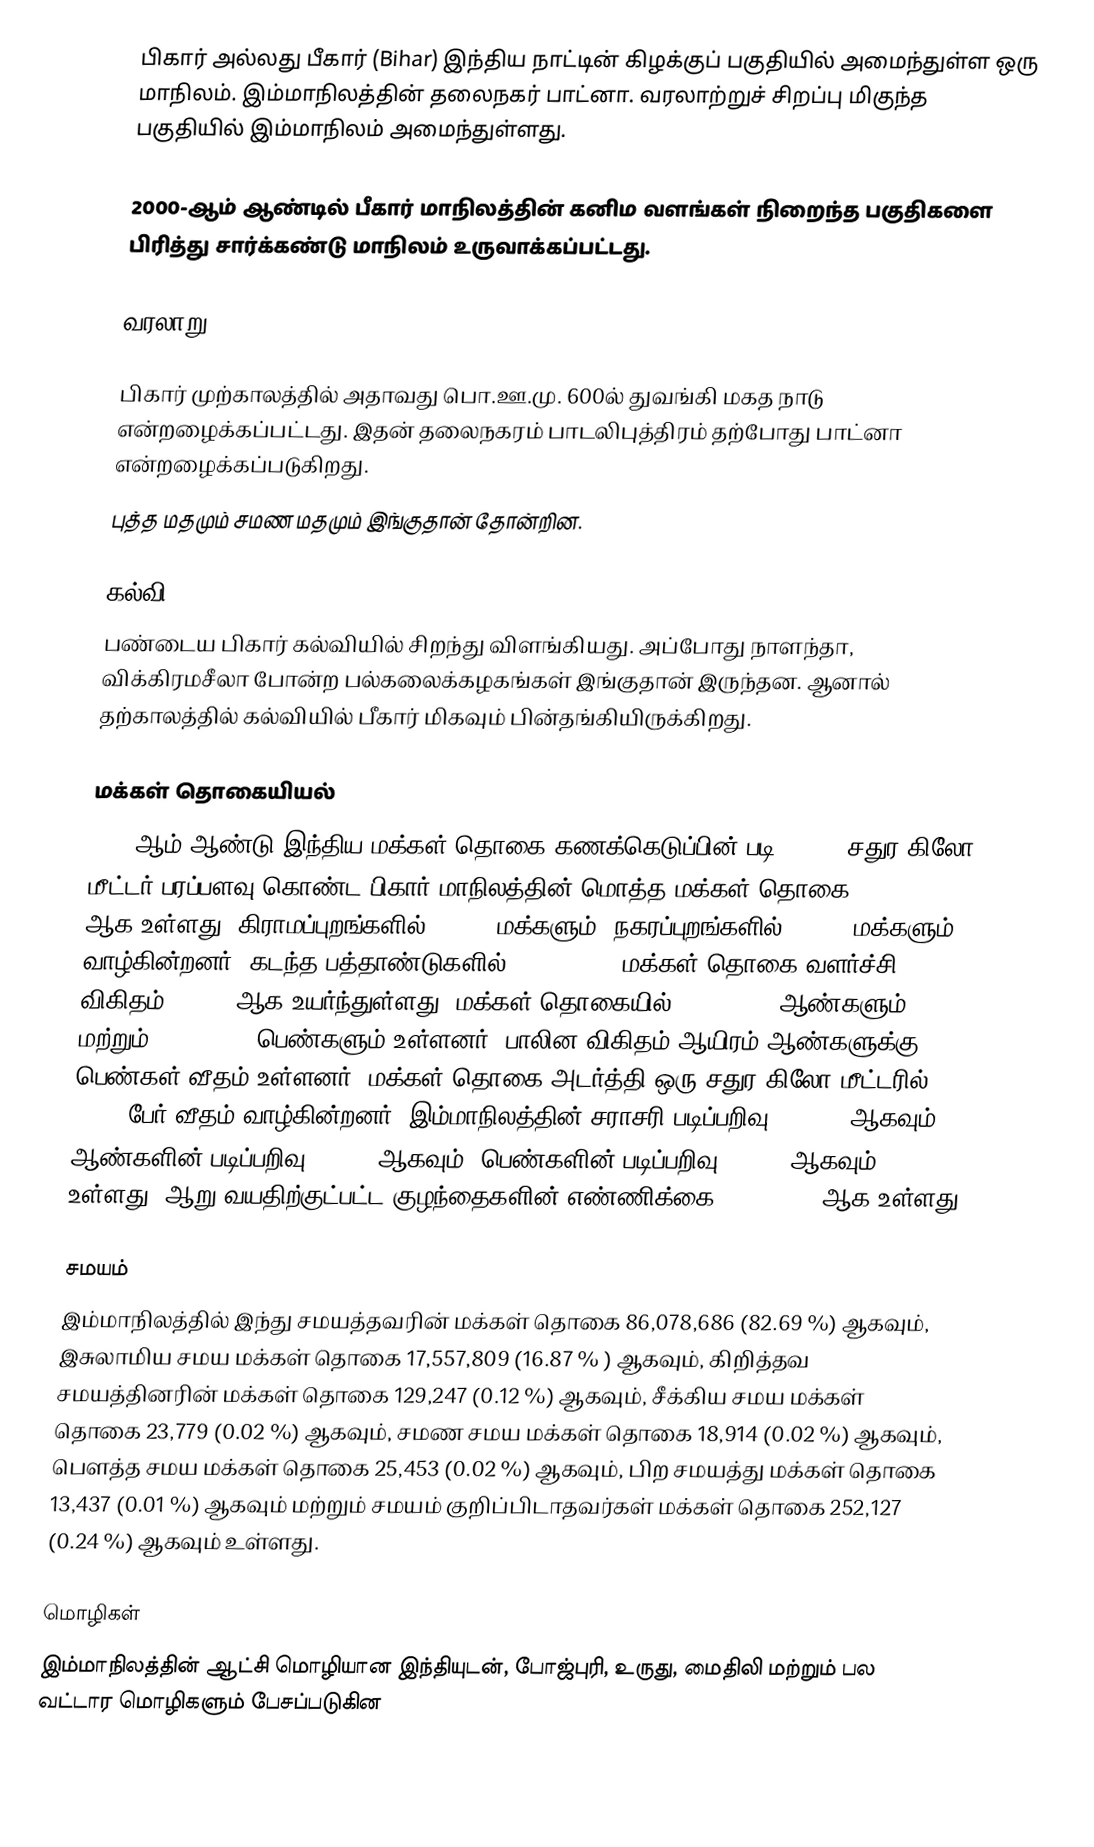
பிகார் அல்லது பீகார் (Bihar) இந்திய நாட்டின் கிழக்குப் பகுதியில் அமைந்துள்ள ஒரு மாநிலம். இம்மாநிலத்தின் தலைநகர் பாட்னா. வரலாற்றுச் சிறப்பு மிகுந்த பகுதியில் இம்மாநிலம் அமைந்துள்ளது.

2000-ஆம் ஆண்டில் பீகார் மாநிலத்தின் கனிம வளங்கள் நிறைந்த பகுதிகளை பிரித்து சார்க்கண்டு மாநிலம் உருவாக்கப்பட்டது.

வரலாறு

பிகார் முற்காலத்தில் அதாவது பொ.ஊ.மு. 600ல் துவங்கி மகத நாடு என்றழைக்கப்பட்டது. இதன் தலைநகரம் பாடலிபுத்திரம் தற்போது பாட்னா என்றழைக்கப்படுகிறது.
புத்த மதமும் சமண மதமும் இங்குதான் தோன்றின.

கல்வி
பண்டைய பிகார் கல்வியில் சிறந்து விளங்கியது. அப்போது நாளந்தா, விக்கிரமசீலா போன்ற பல்கலைக்கழகங்கள் இங்குதான் இருந்தன. ஆனால் தற்காலத்தில் கல்வியில் பீகார் மிகவும் பின்தங்கியிருக்கிறது.

மக்கள் தொகையியல்
2011 ஆம் ஆண்டு இந்திய மக்கள் தொகை கணக்கெடுப்பின் படி 94,163 சதுர கிலோ மீட்டர் பரப்பளவு கொண்ட பிகார்  மாநிலத்தின் மொத்த மக்கள் தொகை 104,099,452 ஆக உள்ளது. கிராமப்புறங்களில் 88.71% மக்களும், நகரப்புறங்களில் 11.29% மக்களும் வாழ்கின்றனர். கடந்த பத்தாண்டுகளில் (2001-2011) மக்கள் தொகை வளர்ச்சி விகிதம் 25.42% ஆக உயர்ந்துள்ளது. மக்கள் தொகையில் 54,278,157 ஆண்களும் மற்றும் 49,821,295 பெண்களும் உள்ளனர். பாலின விகிதம் ஆயிரம் ஆண்களுக்கு 918 பெண்கள் வீதம் உள்ளனர். மக்கள் தொகை அடர்த்தி ஒரு சதுர கிலோ மீட்டரில் 1,106 பேர் வீதம் வாழ்கின்றனர். இம்மாநிலத்தின் சராசரி படிப்பறிவு 61.80 % ஆகவும், ஆண்களின் படிப்பறிவு 71.20% ஆகவும், பெண்களின் படிப்பறிவு 51.50% ஆகவும் உள்ளது. ஆறு வயதிற்குட்பட்ட குழந்தைகளின் எண்ணிக்கை 19,133,964 ஆக உள்ளது.

சமயம்
இம்மாநிலத்தில் இந்து சமயத்தவரின் மக்கள் தொகை 86,078,686  (82.69 %) ஆகவும், இசுலாமிய சமய  மக்கள் தொகை 17,557,809  (16.87 % ) ஆகவும், கிறித்தவ சமயத்தினரின் மக்கள் தொகை 129,247   (0.12 %)  ஆகவும், சீக்கிய சமய மக்கள் தொகை 23,779 (0.02 %) ஆகவும், சமண சமய மக்கள் தொகை 18,914 (0.02 %)  ஆகவும், பௌத்த சமய மக்கள் தொகை 25,453 (0.02 %) ஆகவும், பிற சமயத்து மக்கள் தொகை 13,437  (0.01 %) ஆகவும் மற்றும் சமயம் குறிப்பிடாதவர்கள் மக்கள் தொகை 252,127 (0.24 %) ஆகவும் உள்ளது.

மொழிகள்
இம்மாநிலத்தின் ஆட்சி மொழியான இந்தியுடன், போஜ்புரி, உருது, மைதிலி மற்றும் பல வட்டார மொழிகளும் பேசப்படுகின